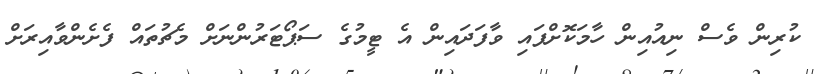
ކުރިން ވެސް ނިއުއިން ހާމަކޮށްފައި ވާފަދައިން އެ ޓީމުގެ ސަޕޯޓަރުންނަށް މެޗުތައް ފެށެންވާއިރަށް